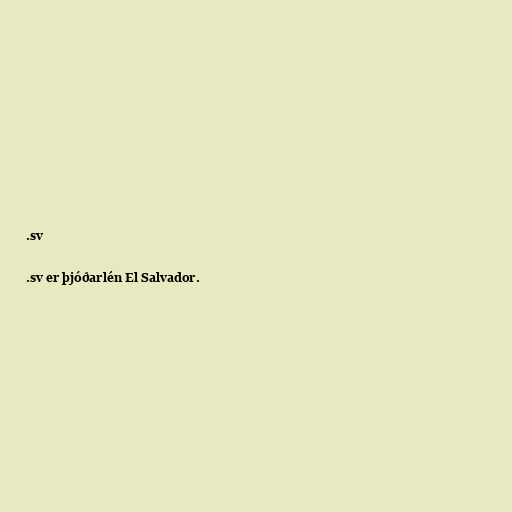
.sv

.sv er þjóðarlén El Salvador.